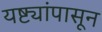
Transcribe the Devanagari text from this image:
यष्ट्यांपासून